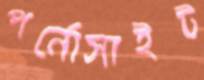
পর্নোসাইট